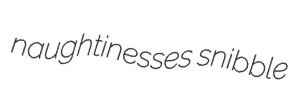
naughtinesses snibble